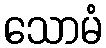
သောမံ